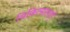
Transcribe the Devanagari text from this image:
चिकित्सालाएँ